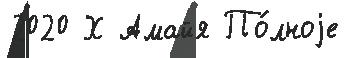
2020 Х Амайя По́лноjе